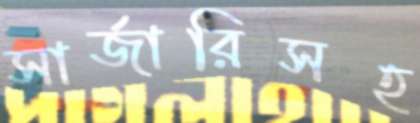
সার্জারিসহ